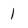
Character: 1